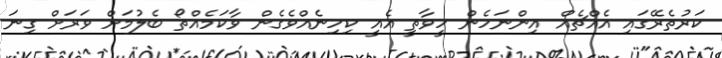
ކަރުތެރޭގައި އެއްޗެއް އިންނަހެން ހީވާތީ އެއީ ކިހިނެއްވެގެން ވާކަމެއްތޯ ބެލުމަށް ވަރަށް ގިނަ